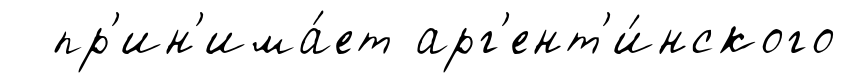
пр'ин'има́ет арг'ент'и́нского